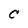
Character: C